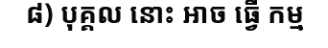
៨) បុគ្គល នោះ ឤច ធ្វើ កម្ម